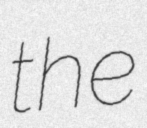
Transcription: the